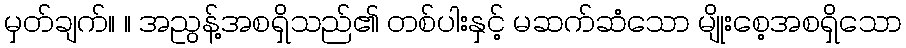
မှတ်ချက်။ ။ အညွန့်အစရှိသည်၏ တစ်ပါးနှင့် မဆက်ဆံသော မျိုးစေ့အစရှိသော